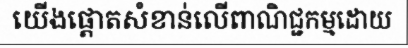
យើងផ្តោតសំខាន់លើពាណិជ្ជកម្មដោយ